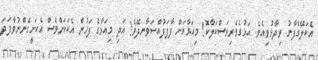
އެކަލޭގެފާނު ވިދާޅުވިއެވެ. އަޅުގެވެރިރަސްކަލާކޮ! މިއަޅާޔަށް ފާފަފުއްސަވާނދޭވެ! އަދި މިއަޅާގެ ފަހުން އެކަކަށްވެސް އެކަށީގެންނުވާފަދަ